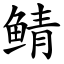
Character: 鲭